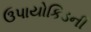
ઉપાયોકિડની